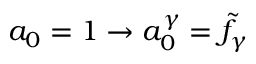
a _ { 0 } = 1 \rightarrow a _ { 0 } ^ { \gamma } = { \tilde { f } } _ { \gamma }